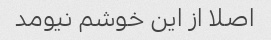
اصلا از این خوشم نیومد